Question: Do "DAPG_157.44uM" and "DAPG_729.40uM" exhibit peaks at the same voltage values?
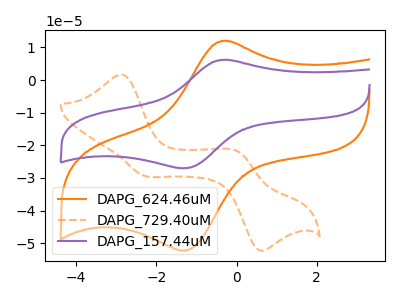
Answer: <think>The orange curve "DAPG_624.46uM" has an anodic peak at (-0.25V, 12.00uA) and a cathodic peak at (-1.35V, -52.30uA). The orange dashed curve "DAPG_729.40uM" has anodic peaks at (-2.85V, 1.70uA) (0.05V, -21.95uA) and cathodic peaks at (-2.30V, -29.30uA) (0.55V, -52.05uA). The purple curve "DAPG_157.44uM" has an anodic peak at (-0.25V, 6.20uA) and a cathodic peak at (-1.35V, -27.05uA).</think>
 <answer>No, "DAPG_157.44uM" and "DAPG_729.40uM" have a different number of peaks.</answer>
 <eval>different_amount</eval>